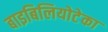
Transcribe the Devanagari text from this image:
बाइबिलियोटेका